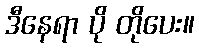
ဒီနေရာ ပို တိုပေး။